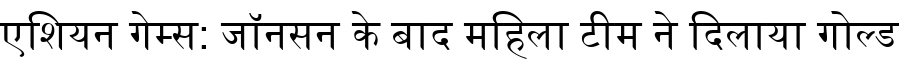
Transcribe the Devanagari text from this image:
एशियन गेम्स: जॉनसन के बाद महिला टीम ने दिलाया गोल्ड